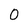
Character: 0